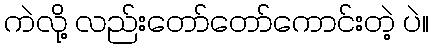
ကဲလို့ လည်းတော်တော်ကောင်းတဲ့ ပဲ။